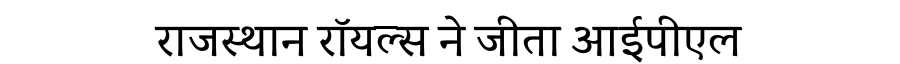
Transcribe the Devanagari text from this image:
राजस्थान रॉयल्स ने जीता आईपीएल